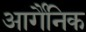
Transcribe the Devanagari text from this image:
आर्गैनिक